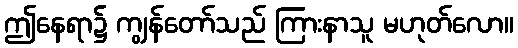
ဤနေရာ၌ ကျွန်တော်သည် ကြားနာသူ မဟုတ်လော။